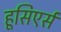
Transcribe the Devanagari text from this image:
हूसिएर्स